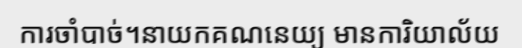
ការចាំបាច់។នាយកគណនេយ្យ មានការិយាល័យ